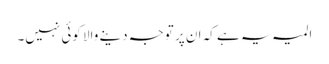
المیہ یہ ہے کہ ان پر توجہ دینے والا کوئی نہیں۔